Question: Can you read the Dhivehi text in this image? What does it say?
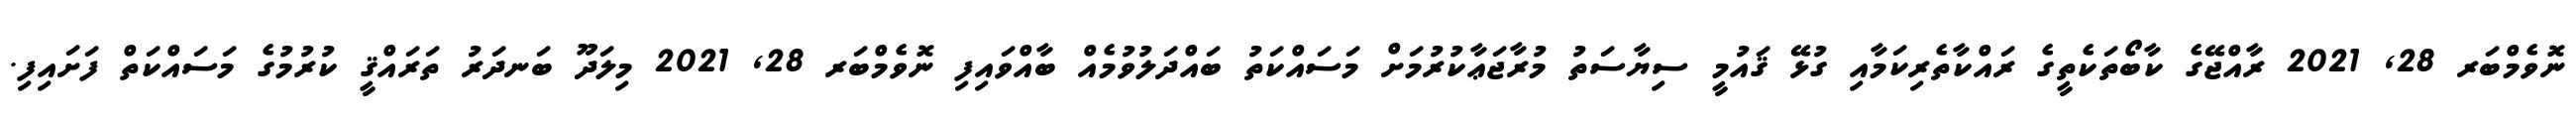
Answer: ނޮވެމްބަރ 28, 2021 ރާއްޖޭގެ ކާބޯތަކެތީގެ ރައްކާތެރިކަމާއި ގުޅޭ ޤައުމީ ސިޔާސަތު މުރާޖަޢާކުރުމަށް މަސައްކަތު ބައްދަލުވުމެއް ބާއްވައިފި ނޮވެމްބަރ 28, 2021 މިލަދޫ ބަނދަރު ތަރައްޤީ ކުރުމުގެ މަސައްކަތް ފަށައިފި.